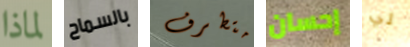
لماذا بالسماح متطرف إحسان لي